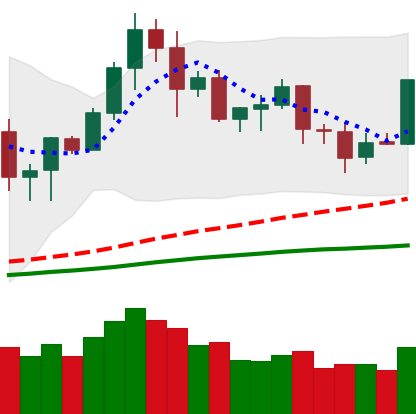
Ticker: LTC-USD
Chart end date: 2020-08-30
Forward return: -19.312%
Label: down_7plus